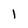
Character: l